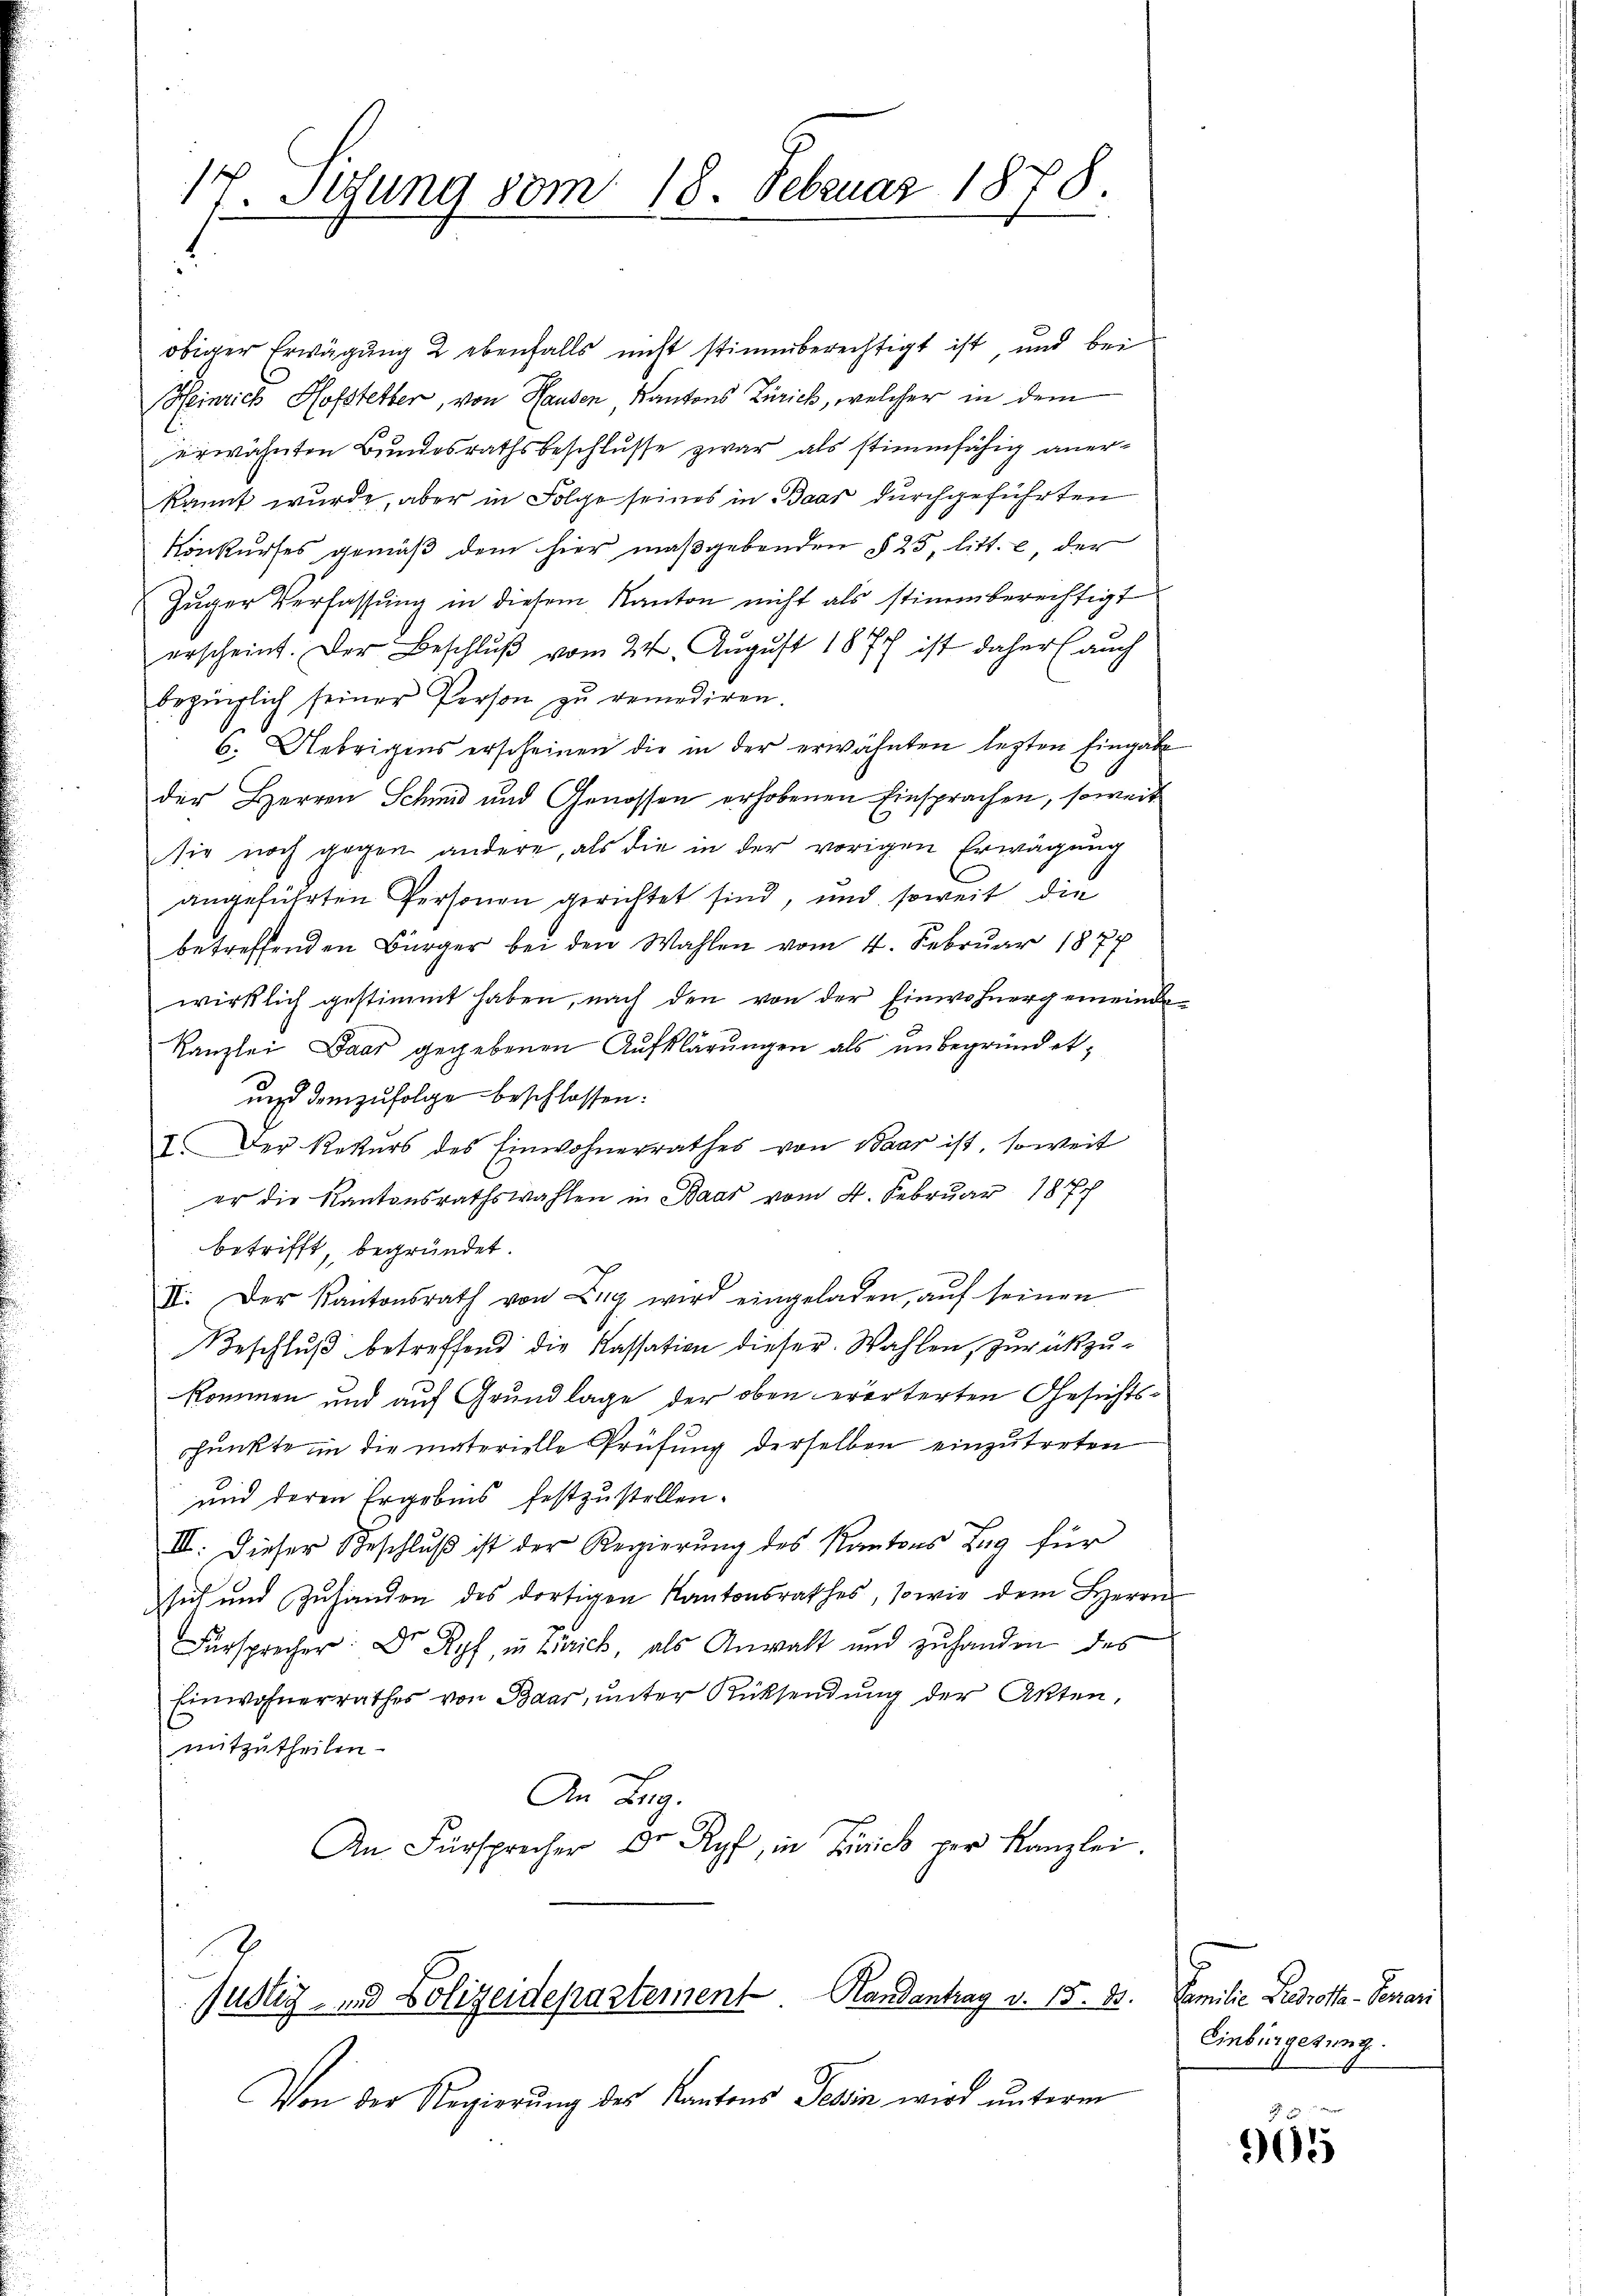
17. Setzung vom 18. Februar 1878.

obiger Erwägung 2 ebenfalls nicht stimmberechtigt ist, und bei
Heinrich Hofstetter, von Hausen Kantons Zürich, welcher in dem
erwähnten Bundesrathsbeschlusse zwar als stimmfähig anerkannt wurde, aber in Folge seines in Baar durchgeführten
Konkurses gemäß dem hier maßgebenden § 25, litt. c, der
Zuger Verfassung in diesem Kanton nicht als stimmberechtigt
erscheint. Der Beschlŭβ vom 24. August 1877 ist daher auch
beginglich seiner Person zu remediren.
6. Uebrigens erscheinen die in der erwähnten lezten Eingabe
der Herren Schmid und Genossen erhobenen Einsprachen, soweit
sie noch gegen andere, als die in der vorigen Erwägung
angeführten Personen gerichtet sind, und soweit die
betreffenden Bürger bei den Wahlen vom 4. Februar 1877
wirklich gestimmt haben, nach den von der Einwohnergemeinde
x
Kanzlei Baar gegebenen Aufklärŭngen als unbegründet,
und demzufolge beschlossen:
I Der Rekurs des Einwohnerrathes von Baar ist, soweit
er die Kantonsrathswahlen in Baar vom 4. Februar 1877
betrifft, begründet.
II. Der Kantonsrath von Zug wird eingeladen, aŭf seinen
Beschlŭβ betreffend die Kassation dieser Wahlen, zurückzukommen und auf Grundlage der oben erörterten Gesichtspunkte in die materielle Prüfung derselben einzŭtreten
und deren Ergebnis festzustellen.
III. Dieser Beschluß ist der Regierung des Kantons Tag für
sich und Zuhanden des dortigen Kantonsrathes, sowie dem Herrn
Fürsprecher: Dr Ryf, in Zürich, als Anwalt und zuhanden des
Einwohnerrathes von Baar, unter Rücksendung der Akten,
mitzutheilen.
An Lag
An Fürsprecher Dr Ryf, in Zürich per Kanzlei.

Justig - und Polizeidepartement Handantrag v. 18. 8. Familie Bedrotta-Separi

Von der Regierung des Kantons Tessin wird unterm

Einbürgerung.

905